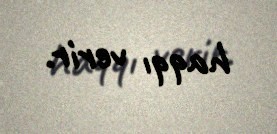
haqqı verir.